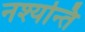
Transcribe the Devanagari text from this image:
नश्यन्ति